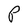
Character: P